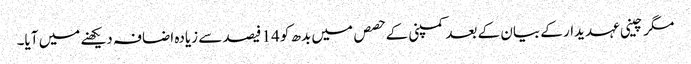
مگر چینی عہدیدار کے بیان کے بعد کمپنی کے حصص میں بدھ کو 14 فیصد سے زیادہ اضافہ دیکھنے میں آیا۔